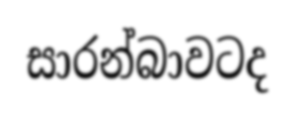
සාරන්බාවටද